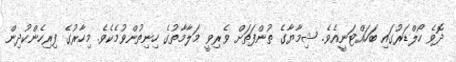
ދޮވެ ހޯލްޑަރުގައި ބަހައްޓަނީއެވެ. ޝިމާޔާގެ ތުންފަތަށް ވެރިވީ މަލާމާތުގެ ހިނިތުންވުމެކެވެ. މިހާރުގެ ފިރިހެންކުދިން